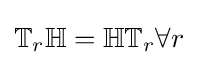
\mathbb {T} _{r}\mathbb {H} =\mathbb {H} \mathbb {T} _{r}\forall r